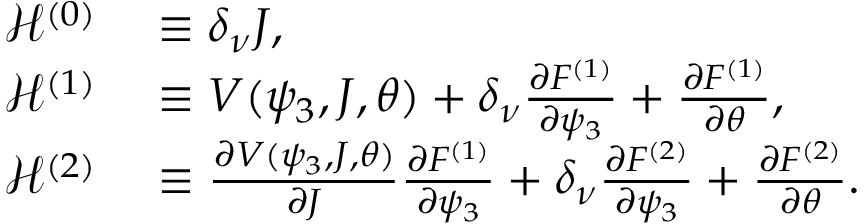
\begin{array} { r l } { \mathcal { H } ^ { \left( 0 \right) } } & { { } \equiv \delta _ { \nu } J , } \\ { \mathcal { H } ^ { ( 1 ) } } & { { } \equiv V ( \psi _ { 3 } , J , \theta ) + \delta _ { \nu } \frac { \partial F ^ { \left( 1 \right) } } { \partial \psi _ { 3 } } + \frac { \partial F ^ { \left( 1 \right) } } { \partial \theta } , } \\ { \mathcal { H } ^ { \left( 2 \right) } } & { { } \equiv \frac { \partial V ( \psi _ { 3 } , J , \theta ) } { \partial J } \frac { \partial F ^ { \left( 1 \right) } } { \partial \psi _ { 3 } } + \delta _ { \nu } \frac { \partial F ^ { \left( 2 \right) } } { \partial \psi _ { 3 } } + \frac { \partial F ^ { \left( 2 \right) } } { \partial \theta } . } \end{array}